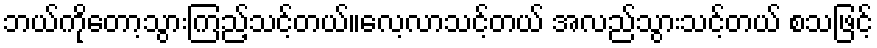
ဘယ်ကိုတော့သွားကြည့်သင့်တယ်။လေ့လာသင့်တယ် အလည်သွားသင့်တယ် စသဖြင့်